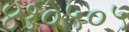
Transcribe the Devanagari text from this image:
४१०५०५